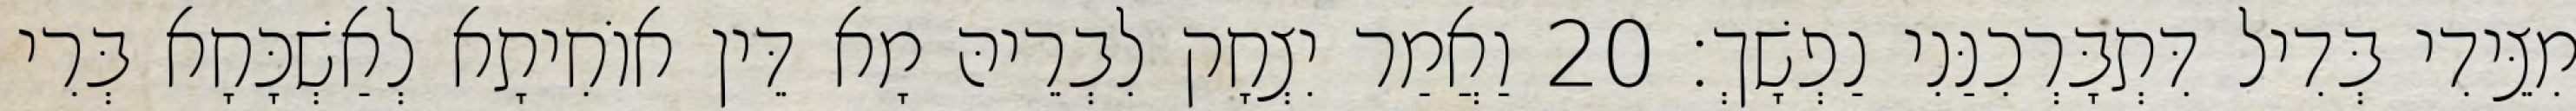
מִצֵּידִי בְּדִיל דִּתְבָּרְכִנַּנִי נַפְשָׁךְ׃ 20 וַאֲמַר יִצְחָק לִבְרֵיהּ מָא דֵּין אוֹחִיתָא לְאַשְׁכָּחָא בְּרִי